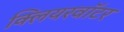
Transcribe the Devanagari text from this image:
क्लियरवॉटर